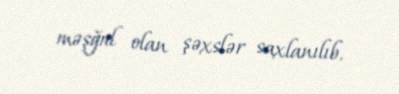
məşğul olan şəxslər saxlanılıb.